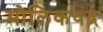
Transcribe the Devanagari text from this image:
मौलिकचंद्र